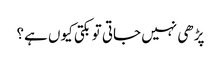
پڑھی نہیں جاتی تو بکتی کیوں ہے؟